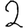
Digit: 2